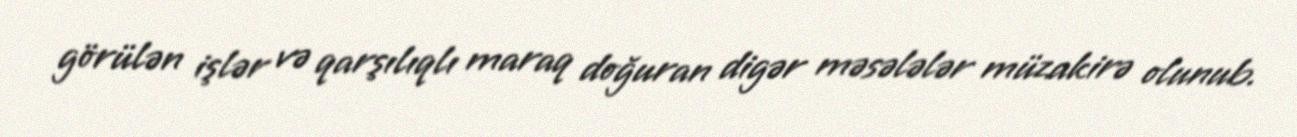
görülən işlər və qarşılıqlı maraq doğuran digər məsələlər müzakirə olunub.